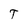
Character: T